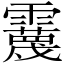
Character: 𩆪